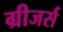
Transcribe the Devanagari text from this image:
ग्रीजर्स